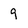
Character: 9